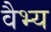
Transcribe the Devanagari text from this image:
वैभ्य